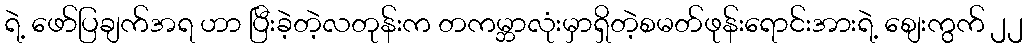
ရဲ့ ဖော်ပြချက်အရ ဟာ ပြီးခဲ့တဲ့လတုန်းက တကမ္ဘာလုံးမှာရှိတဲ့စမတ်ဖုန်းရောင်းအားရဲ့ စျေးကွက် ၂၂